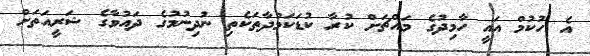
އެ ހުކުމް އައީ ހާމިދުގެ މައްޗަށް ކުރާ ކުޑަކަމުދާތަކެތި ނުދިނުމުގެ ދައުވާގެ ޝަރީއަތަށް